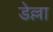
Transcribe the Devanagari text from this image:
डेल्ला